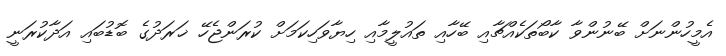
އެމީހުންނަށް ބޭނުންވާ ކާބޯތަކެއްޗާއި ބޭހާއި ތައުލީމާއި ހިޔާވަހިކަމަށް ކުރަންޖެހޭ ޚަރަދުގެ ބޮޑުބައި އަދާކުރަނީ